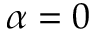
\alpha = 0